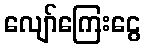
လျော်ကြေးငွေ